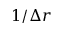
1 / \Delta r